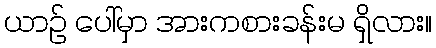
ယာဉ် ပေါ်မှာ အားကစားခန်းမ ရှိလား။